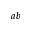
^ { a b }